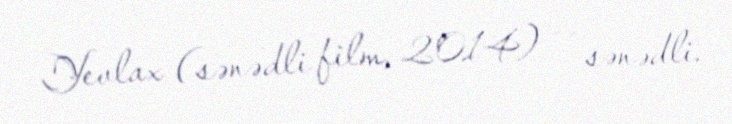
Yevlax (sənədli film, 2014) — sənədli.